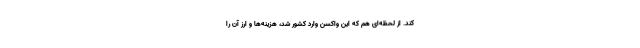
کند. از لحظه‌ای هم که این واکسن وارد کشور شد، هزینه‌ها و ارز آن را